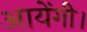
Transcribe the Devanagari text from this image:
आयेंगी।